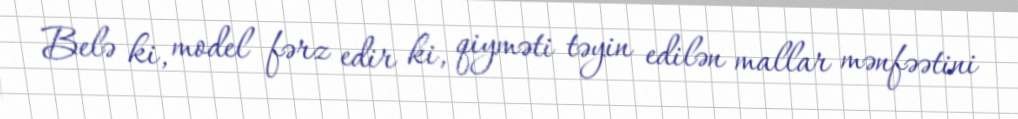
Belə ki, model fərz edir ki, qiyməti təyin edilən mallar mənfəətini